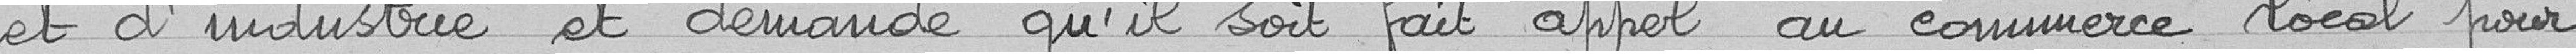
et d'industrie et demande qu'il soit fait appel au commerce local pour